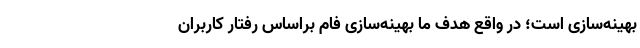
بهینه‌سازی است؛ در واقع هدف ما بهینه‌سازی فام براساس رفتار کاربران